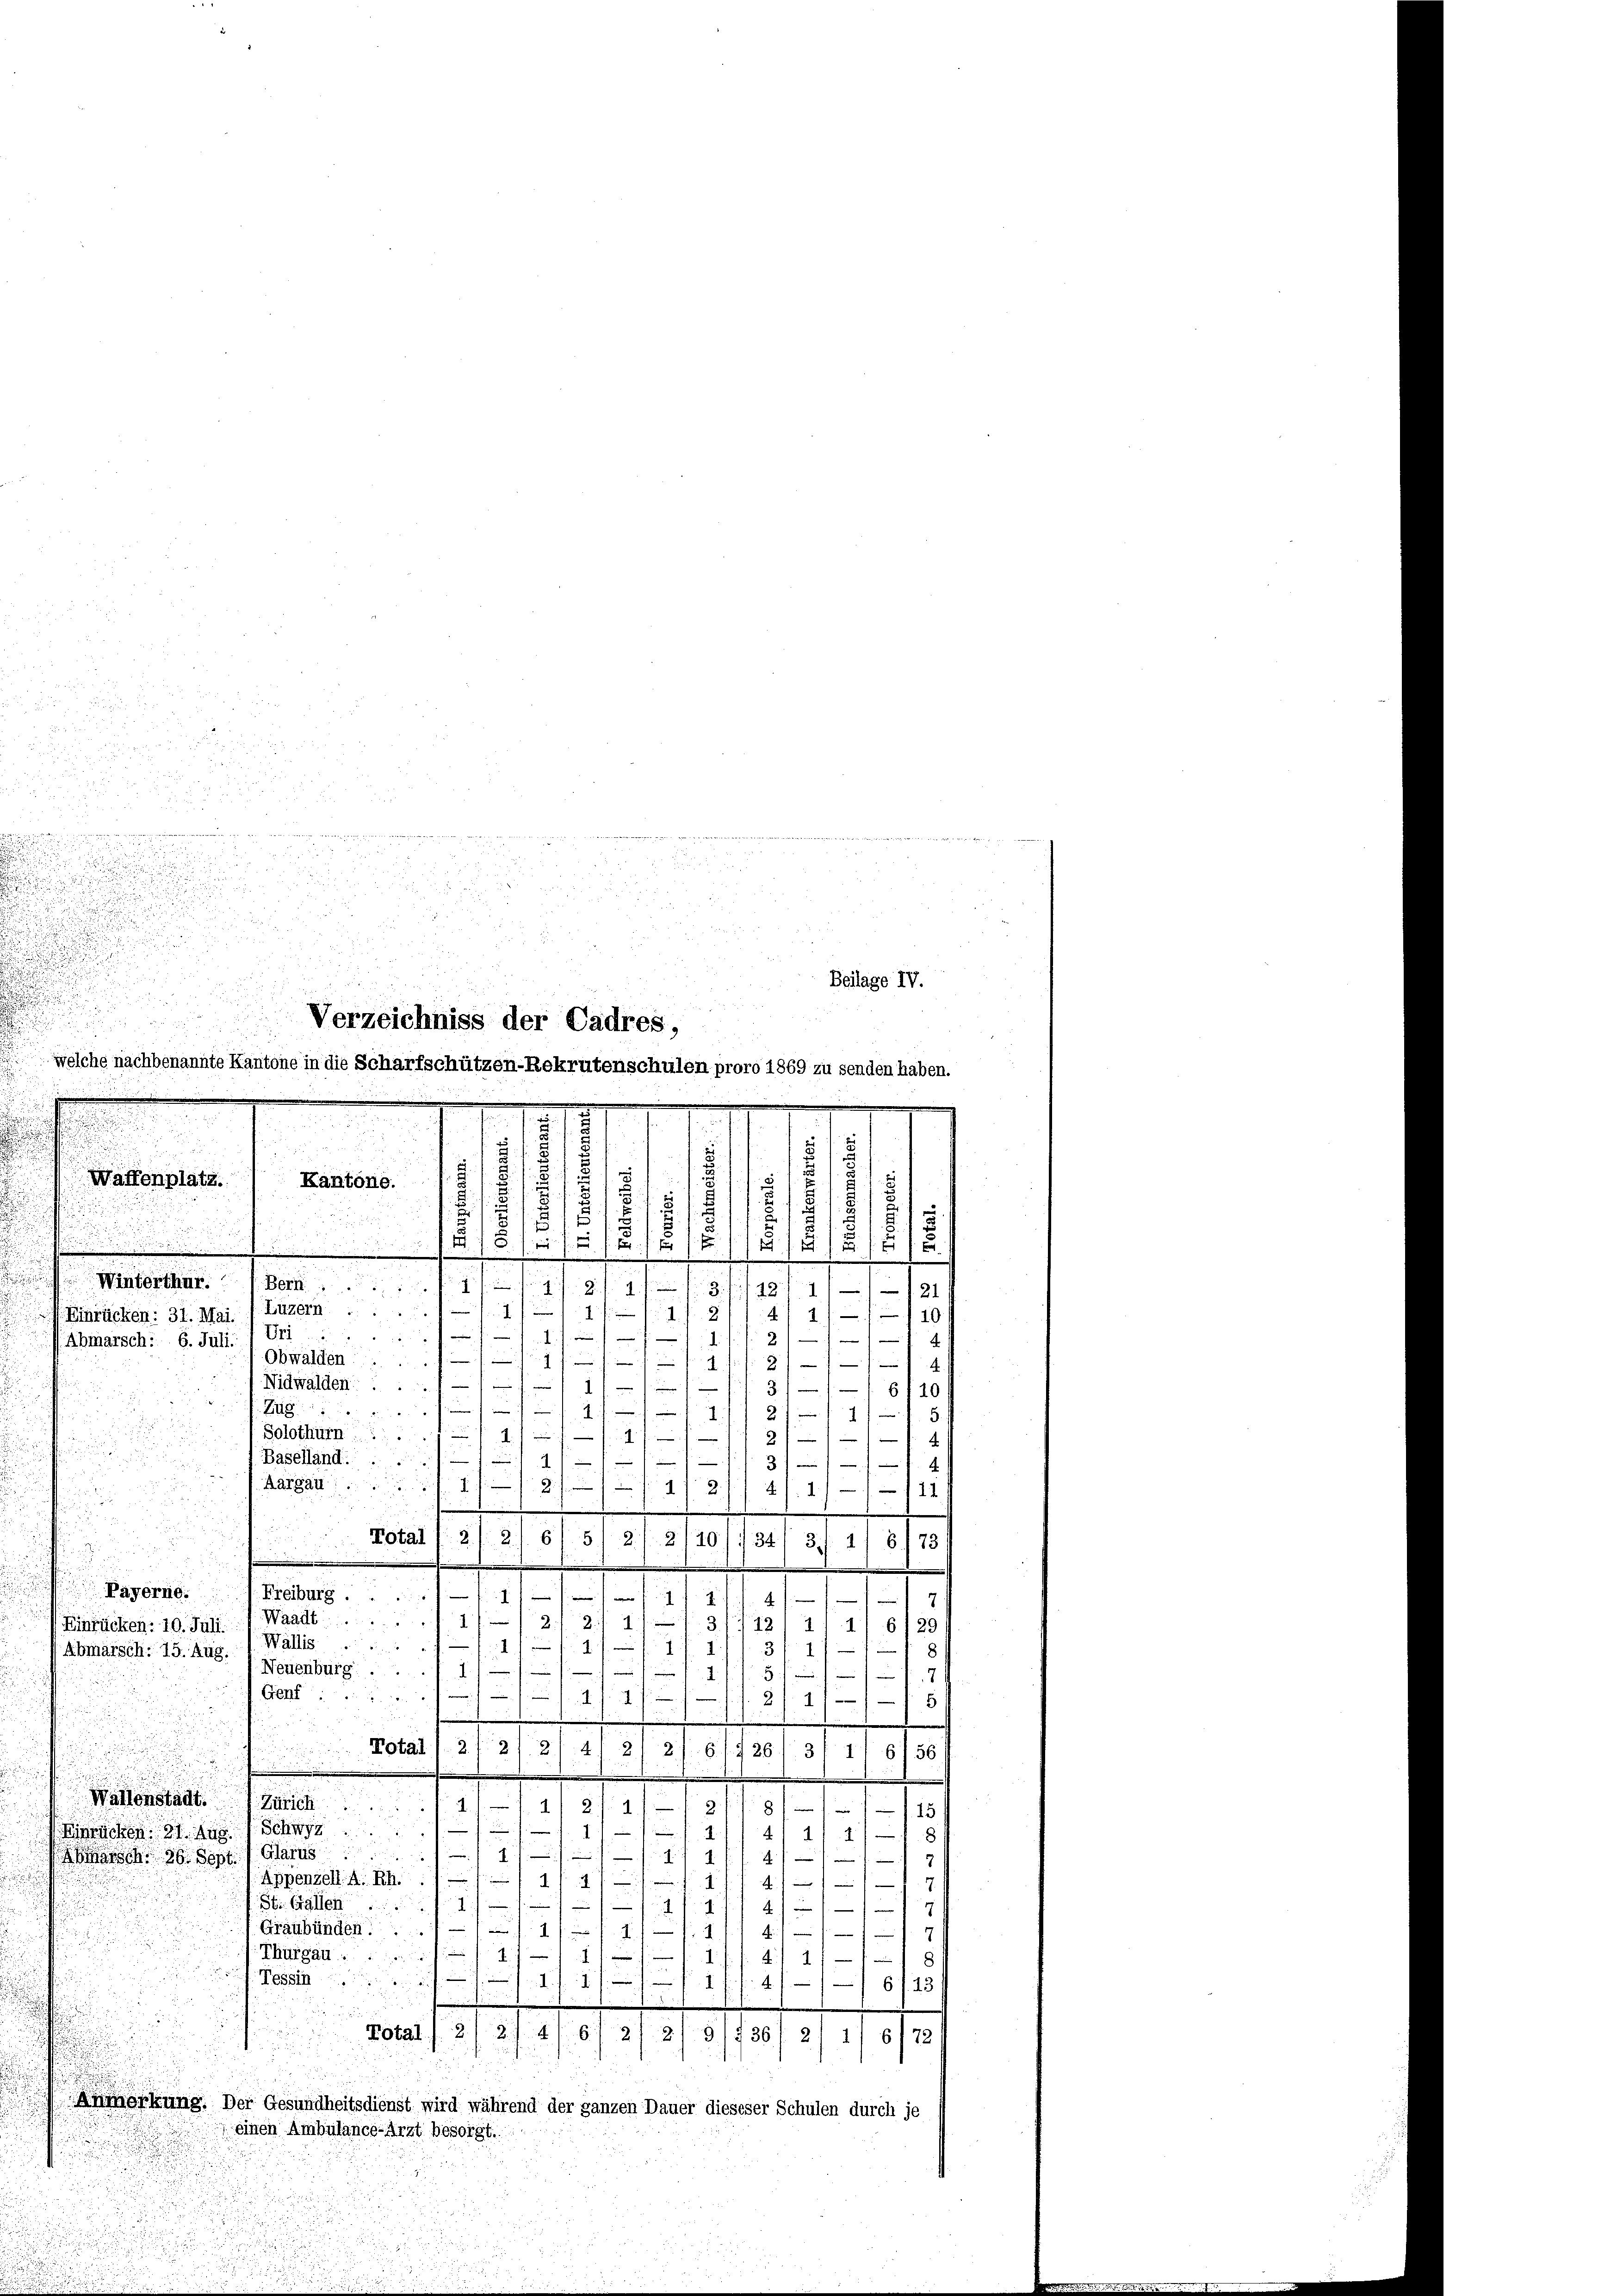
eicher seine
arlehe
2

d
i
Beilage IV.

d
Verzeichniss der Cadres,
welche nachbenannte Kantone in die Scharfschützen-Rekrutenschulen proro 1869 zu senden haben.
.
.
.
s
f
s
dnen aus
u
Waffenplatz.
Kantone.
2
u
s
5
2
x

II
e
Winterthur.

.Bern
h
18
2
s
e
1
Einrücken: 31. Mai. 1. Luzern .....
.
101
A
1
.
4
Abmarsch: 6. Juli.
Obwalden:
—
.

f
4.
 Nidwalden

—
3
16 f 10

s
.
e
Eug
.
1
Solothurn 177
1
i
-
.
—
(Baselland.....

3)
0
I
Aargau
22 f 4 f 2
4
.
11
d

Total 1 21 2) 6/ 51 2/ 2140/ 134, 3/ 1/ 8173

.
n
Payerne:
Freiburg ....
.
Waadt 1112.
2.
3 f. 722
6/29
4
.
Einrücken: 19. Jull. Wallis
.
4
1.
4

/171
Abmarsch: 15. Aug.
d.
Neuenburg . .

.
.
Genf
i
.
2/11/
5
.
.
Total) 2121 21 4) 2) 2) 1926/3 11 (136
e
Wallenstadt. I. Zürich
. 41 x
1
8
mi
15
.
e
7
ischen 31. 498. Schnet
1)
4414)
Glarus
1
.
f
asch. 26. Sept
.
d
Appenzell A. Rh. 17
247
mir
.
St. Gallen

i

n

Graubünden ....
.
.
e
1
1
i
Thurgau 1
4/ 1

4/ 6113
Total ( 2/ 2/ 416 1/2
2
51136/ 21 1/ 6172)
Anmerkung. Der Gesundheitsdienst wird während der ganzen Dauer dieseser Schulen durch je
einen Ambulance-Arzt besorgt.